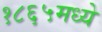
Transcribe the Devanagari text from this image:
१८६५मध्ये